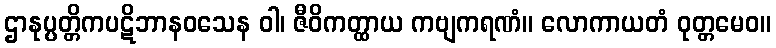
ဌာနုပ္ပတ္တိကပဋိဘာနဝသေန ဝါ၊ ဇီဝိကတ္ထာယ ကဗျကရဏံ။ လောကာယတံ ဝုတ္တမေဝ။